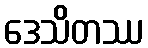
ဒေသိတဿ